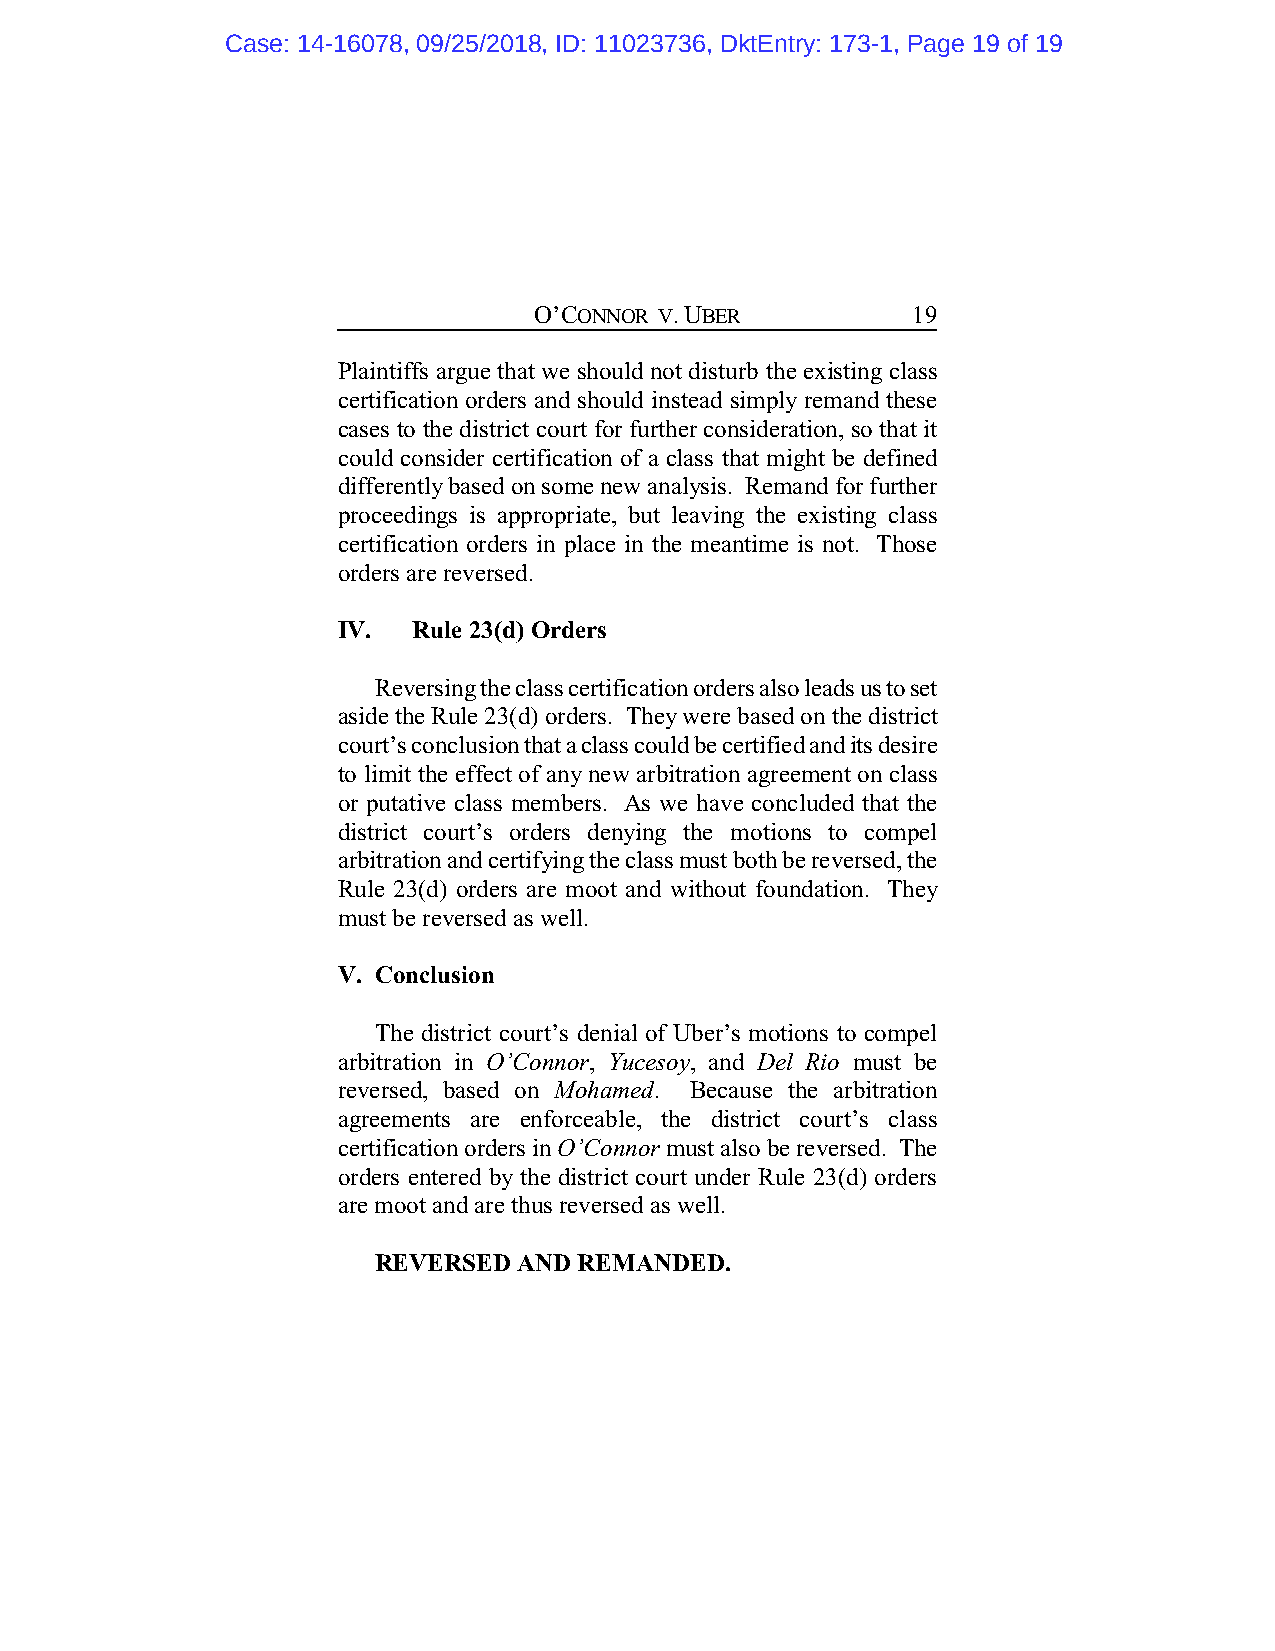
Case: 14-16078, 09/25/2018, ID: 11023736, DktEntry: 173-1, Page 19 of 19
 O’CONNOR V. UBER         19
 Plaintiffs argue that we should not disturb the existing class
 certification orders and should instead simply remand these
 cases to the district court for further consideration, so that it
 could consider certification of a class that might be defined
 differently based on some new analysis. Remand for further
 proceedings is appropriate, but leaving the existing class
 certification orders in place in the meantime is not. Those
 orders are reversed.
 IV.  Rule 23(d) Orders
 Reversing the class certification orders also leads us to set
 aside the Rule 23(d) orders. They were based on the district
 court’s conclusion that a class could be certified and its desire
 to limit the effect of any new arbitration agreement on class
 or putative class members. As we have concluded that the
 district court’s orders denying the motions to compel
 arbitration and certifying the class must both be reversed, the
 Rule 23(d) orders are moot and without foundation. They
 must be reversed as well.
 V. Conclusion
 The district court’s denial of Uber’s motions to compel
 arbitration in O’Connor, Yucesoy, and Del Rio must be
 reversed, based on Mohamed. Because the arbitration
 agreements are enforceable, the district court’s class
 certification orders in O’Connor must also be reversed. The
 orders entered by the district court under Rule 23(d) orders
 are moot and are thus reversed as well.
 REVERSED AND REMANDED.